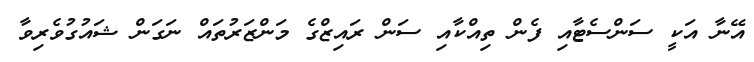
އޭނާ އަކީ ސަންސެޓާއި ފެން ތިއްކާއި ސަން ރައިޒްގެ މަންޒަރުތައް ނަގަން ޝައުގުވެރިވާ